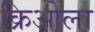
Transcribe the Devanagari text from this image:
क्रिओला